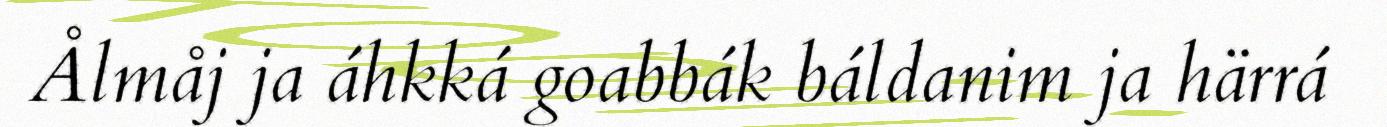
Ålmåj ja áhkká goabbák báldanim ja härrá